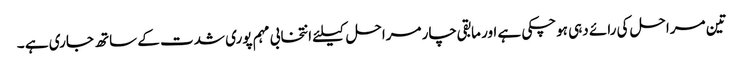
تین مراحل کی رائے دہی ہوچکی ہے اور مابقی چار مراحل کیلئے انتخابی مہم پوری شدت کے ساتھ جاری ہے ۔